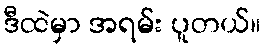
ဒီထဲမှာ အရမ်း ပူတယ်။